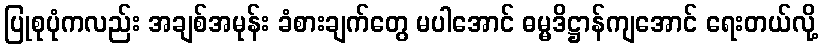
ပြုစုပုံကလည်း အချစ်အမုန်း ခံစားချက်တွေ မပါအောင် ဓမ္မဒိဋ္ဌာန်ကျအောင် ရေးတယ်လို့